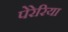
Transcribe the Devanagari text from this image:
पेरेरिया